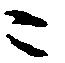
ニ